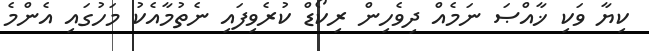
ކިޔާ ވަކި ޚާއްޞަ ނަމެއް ދިވެހިން ރިކޯޑް ކުރެވިފައި ނެތުމާއެކު މަހުގައި އެންމެ